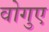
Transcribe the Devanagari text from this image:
वोगुए